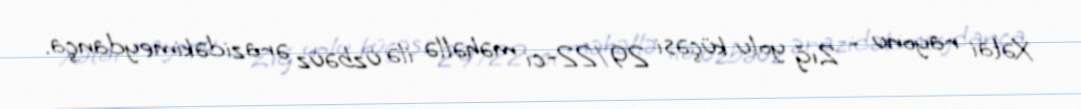
Xətai rayonu - Zığ yolu küçəsi 29/22-ci məhəllə ilə üzbəüz ərazidəkimeydança.